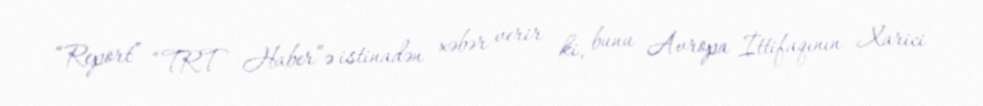
“Report” “TRT Haber”ə istinadən xəbər verir ki, bunu Avropa İttifaqının Xarici